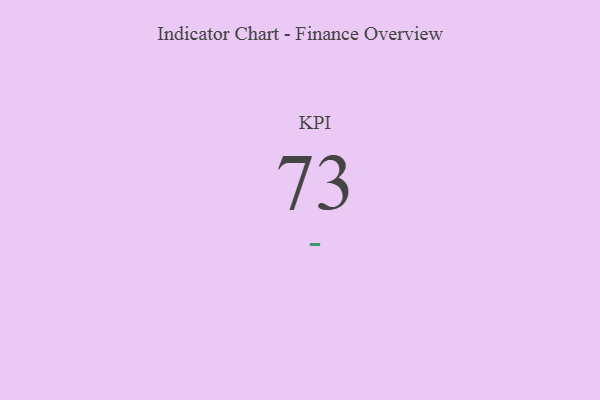
{"axis": {"x": "KPI", "y": "Value"}, "legend": [""], "data": [{"x": "KPI", "y": 73, "type": ""}]}